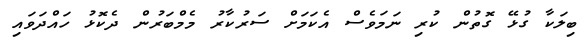
ބިލަކާ ގުޅޭ ގޮތުން ކުރި ނަމަވެސް އެކަމަށް ސަރުކާރު މެމްބަރުން ދެކޮޅު ހައްދަވައި